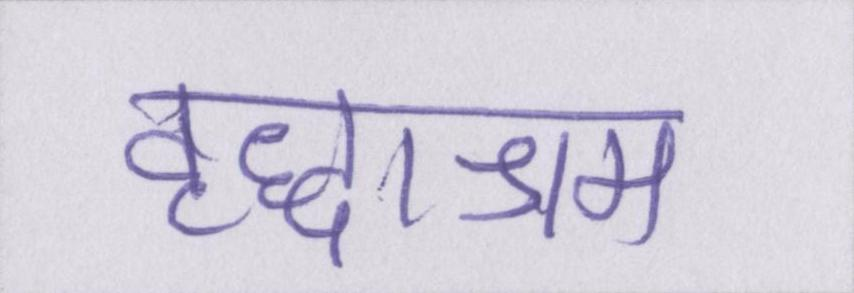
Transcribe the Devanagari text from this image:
वृद्धाश्रम